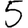
Digit: 5